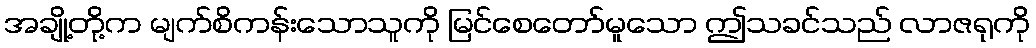
အချို့တို့က မျက်စိကန်းသောသူကို မြင်စေတော်မူသော ဤသခင်သည် လာဇရုကို